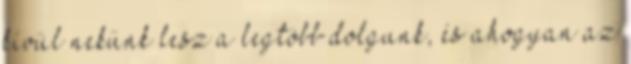
kívül nekünk lesz a legtöbb dolgunk, és ahogyan az